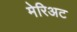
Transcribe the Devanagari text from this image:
मेरिअट